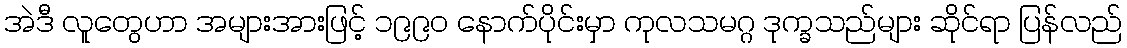
အဲဒီ လူတွေဟာ အများအားဖြင့် ၁၉၉၀ နောက်ပိုင်းမှာ ကုလသမဂ္ဂ ဒုက္ခသည်များ ဆိုင်ရာ ပြန်လည်